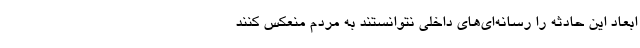
ابعاد این حادثه را رسانه‌ای‌های داخلی نتوانستند به مردم منعکس کنند